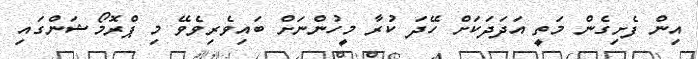
އިން ފެށިގެން މަތީ އަދަދަކަށް ހޭދަ ކުރާ މީހުންނަށް ބައިވެރިވެވޭ މި ޕްރޮމޯޝަންގައި